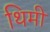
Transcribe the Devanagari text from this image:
थिमी